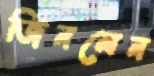
জিনমেন